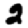
Digit: 2